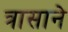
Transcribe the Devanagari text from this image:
त्रासाने